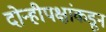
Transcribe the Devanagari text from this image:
दोन्हीपक्षांकडून